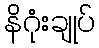
နိဂုံးချုပ်